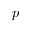
p